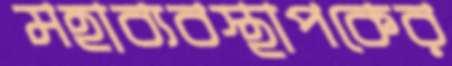
মহাব্যবস্থাপকের